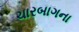
ચારબાગના